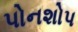
પોનશોપ